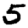
Digit: 5